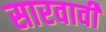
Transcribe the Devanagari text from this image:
सारवावी